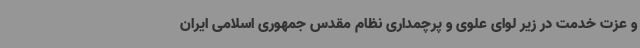
و عزت خدمت در زیر لوای علوی و پرچمداری نظام مقدس جمهوری اسلامی ایران